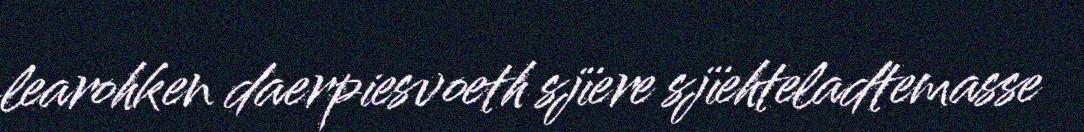
learohken daerpiesvoeth sjïere sjïehteladtemasse